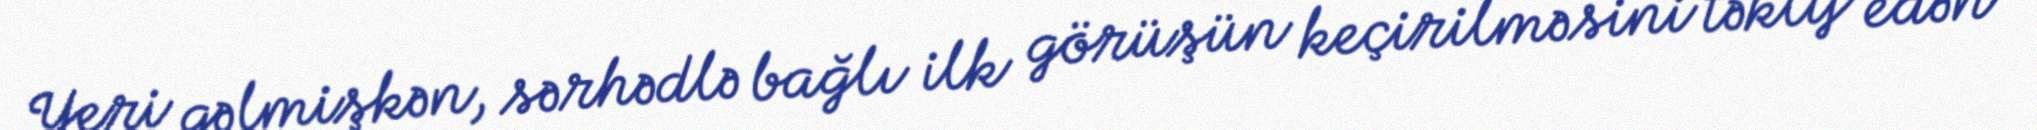
Yeri gəlmişkən, sərhədlə bağlı ilk görüşün keçirilməsini təklif edən